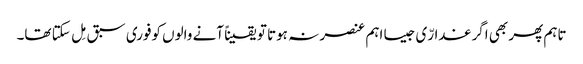
تاہم پھر بھی اگر غدارّی جیسا اہم عنصر نہ ہوتا تو یقیناً آنے والوں کوفوری سبق مِل سکتا تھا۔